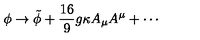
\phi \rightarrow \tilde { \phi } + \frac { 1 6 } { 9 } g \kappa A _ { \mu } A ^ { \mu } + \cdots